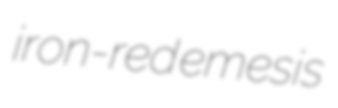
iron-red emesis